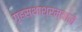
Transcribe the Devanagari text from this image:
गृहस्थाश्रम्याने